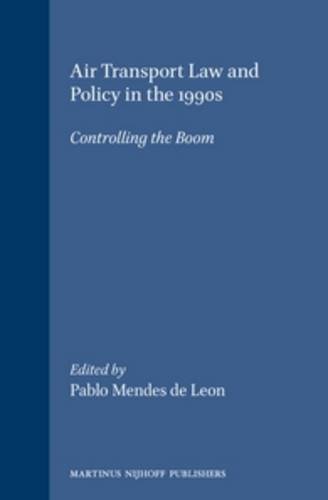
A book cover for Air Transport Law and Policy in the 1990s:Controlling the Boom (Proceedings of An International Symposium Held in Delft on 4 and 5 October 1990); Law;